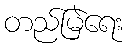
တည်မြဲရေး